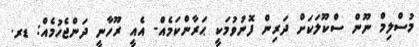
މުސްލިމް ނޫން ސްކޫލަކަށް ދަރިން ފޮނުވުމަކީ ޙަރާންކަމެއް- އެއީ ރޫހާނީ ދަންޖެހުމެއް: ޑރ.